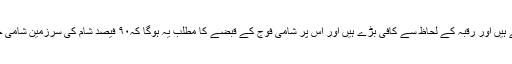
دیرالزور اور رقہ بہت ہی اہم علاقے ہیں اور رقبہ کے لحاظ سے کافی بڑے ہیں اور اس پر شامی فوج کے قبضے کا مطلب یہ ہوگا کہ۹۰ فیصد شام کی سرزمین شامی حکومت کے قبضہ میں ہو جائےگی۔